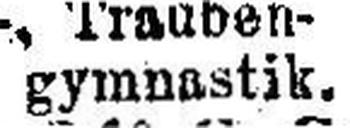
gymnastik.